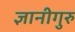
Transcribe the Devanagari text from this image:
ज्ञानीगुरु